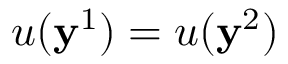
u ( \mathbf { y } ^ { 1 } ) = u ( \mathbf { y } ^ { 2 } )